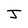
Character: J